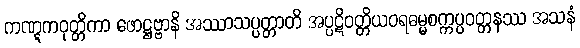
ကဏ္ဋကဝုတ္တိကာ ဖောဋ္ဌဗ္ဗာနိ အဿာသပ္ပတ္တာတိ အပ္ပဋိဝတ္တိယဝရဓမ္မစက္ကပ္ပဝတ္တနဿ အသနံ